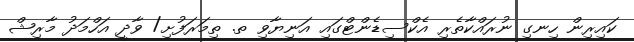
ކައިރިން ހިނގި ނުރައްކާތެރި އެކްސިޑެންޓްގައި އަނިޔާވި ތ. ތިމަރަފުށި/ ވާދީ އަހްމަދު މާރިޝް